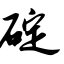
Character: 碇